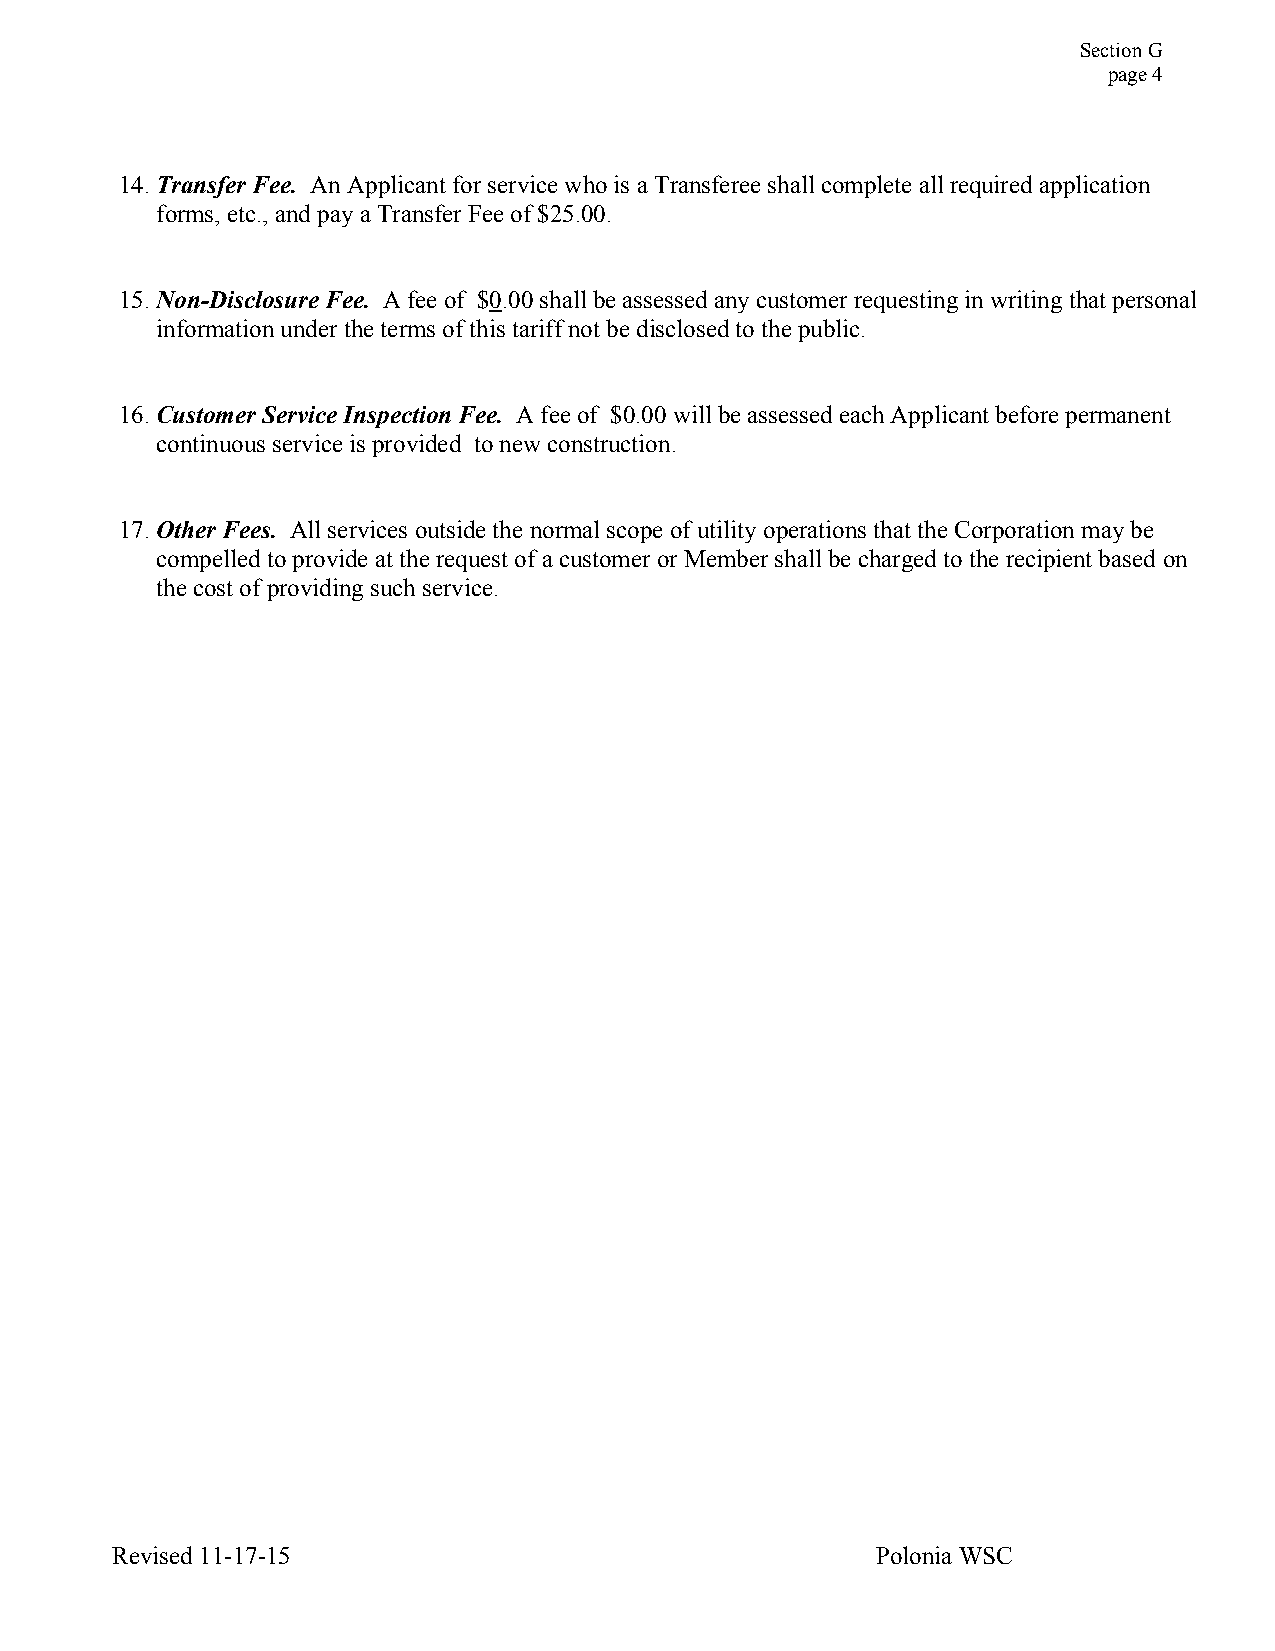
Section G
 page 4
 14. Transfer Fee. An Applicant for service who is a Transferee shall complete all required application
 forms, etc., and pay a Transfer Fee of $25.00.
 15. Non-Disclosure Fee. A fee of $0.00 shall be assessed any customer requesting in writing that personal
 information under the terms of this tariff not be disclosed to the public.
 16. Customer Service Inspection Fee. A fee of $0.00 will be assessed each Applicant before permanent
 continuous service is provided to new construction.
 17. Other Fees. All services outside the normal scope of utility operations that the Corporation may be
 compelled to provide at the request of a customer or Member shall be charged to the recipient based on
 the cost of providing such service.
 Revised 11-17-15                                   Polonia WSC